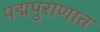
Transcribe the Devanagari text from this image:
पद्मपुराणात